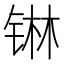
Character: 𮸑